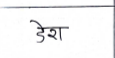
मजकूर: डेश